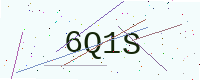
Text: 6Q1S